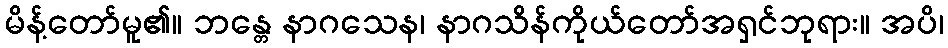
မိန့်တော်မူ၏။ ဘန္တေ နာဂသေန၊ နာဂသိန်ကိုယ်တော်အရှင်ဘုရား။ အပိ၊